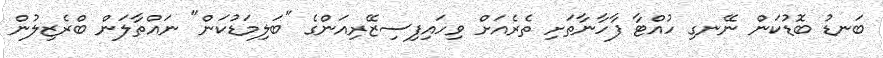
ބަނޑު ބޮޑުކަން ނޭނގި ހުއްޓާ ފާހާނާތަށި ތެރެއަށް ވިހައިފިސިޒޭރިއަންގެ "ބަލިމަޑުކަން" ނައްތާލަން ބްރެޒިލުން